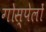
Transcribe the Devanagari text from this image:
गोस्पेलों